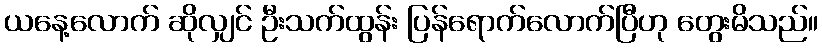
ယနေ့လောက် ဆိုလျှင် ဦးသက်ထွန်း ပြန်ရောက်လောက်ပြီဟု တွေးမိသည်။